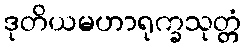
ဒုတိယမဟာရုက္ခသုတ္တံ